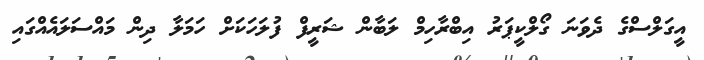
އީގަލްސްގެ ދެވަނަ ގޯލްކީޕަރު އިބްރާހިމް ލަބާން ޝަރީފް ފުލަހަކަށް ހަމަލާ ދިން މައްސަލައެއްގައި